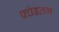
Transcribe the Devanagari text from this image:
प्रचंडतम